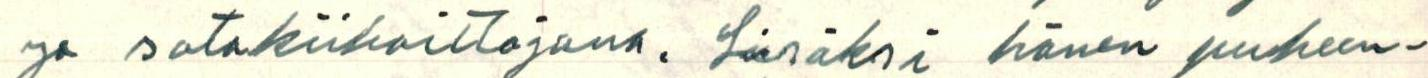
ja sotakiihoittojana. Lisäksi hänen puheen-